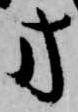
方